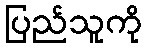
ပြည်သူကို